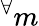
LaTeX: ^{\forall}m